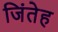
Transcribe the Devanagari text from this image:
जिंतेह